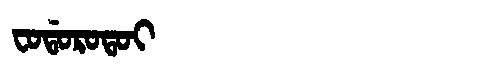
Manchu: ᠸᠣᡩᠣᡵᠣᡨᠣᡳ
Romanization: FODOROTOI